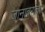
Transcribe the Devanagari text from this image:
जानावरांचा